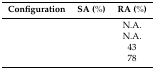
<table><thead><tr><td><b>Configuration</b></td><td><b>SA (%)</b></td><td><b>RA (%)</b></td></tr></thead><tbody><tr><td>[EMPTY_CELL]</td><td>[EMPTY_CELL]</td><td>N.A.</td></tr><tr><td>[EMPTY_CELL]</td><td>[EMPTY_CELL]</td><td>N.A.</td></tr><tr><td>[EMPTY_CELL]</td><td>[EMPTY_CELL]</td><td>43</td></tr><tr><td>[EMPTY_CELL]</td><td>[EMPTY_CELL]</td><td>78</td></tr></tbody></table>